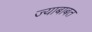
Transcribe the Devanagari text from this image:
ज्याबाबत